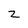
Character: z